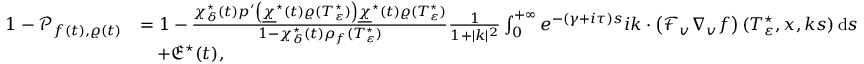
\begin{array} { r l } { 1 - \mathscr { P } _ { f ( t ) , \varrho ( t ) } } & { = 1 - \frac { \chi _ { \delta } ^ { \star } ( t ) p ^ { \prime } \left( \underline { { \chi } } ^ { \star } ( t ) \varrho ( T _ { \varepsilon } ^ { \star } ) \right) \underline { { \chi } } ^ { \star } ( t ) \varrho ( T _ { \varepsilon } ^ { \star } ) } { 1 - \chi _ { \delta } ^ { \star } ( t ) \rho _ { f } ( T _ { \varepsilon } ^ { \star } ) } \frac { 1 } { 1 + \vert k \vert ^ { 2 } } \int _ { 0 } ^ { + \infty } e ^ { - ( \gamma + i \tau ) s } i k \cdot \left( \mathcal { F } _ { v } \nabla _ { v } f \right) ( T _ { \varepsilon } ^ { \star } , x , k s ) \, \mathrm { d } s } \\ & { \quad + \mathfrak { E } ^ { \star } ( t ) , } \end{array}